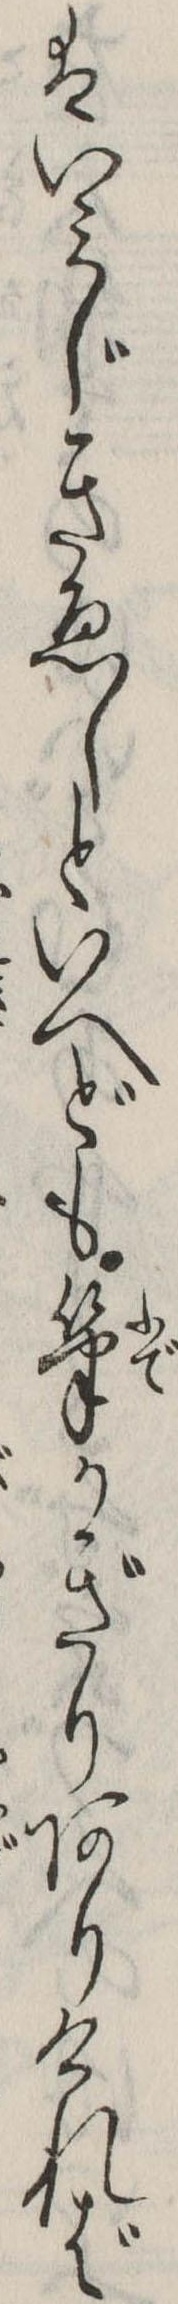
はいみじきゑしといへども筆かぎりありければ